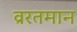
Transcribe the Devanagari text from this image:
व्ररतमान